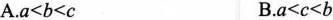
A.$$a<b<c$$ B.$$a<c<d$$